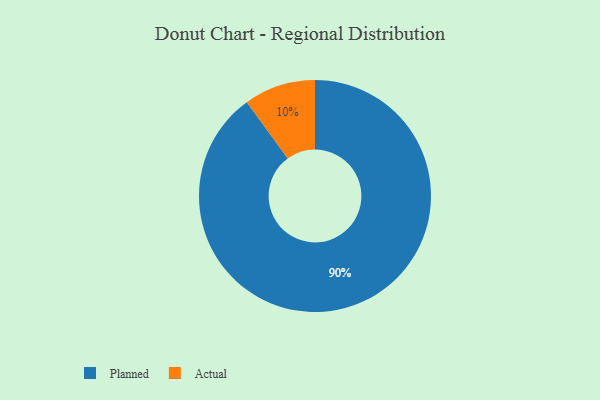
{"axis": {"x": "Category", "y": "Percentage"}, "legend": ["Actual", "Planned"], "data": [{"x": "Actual", "y": 10, "type": "Actual"}, {"x": "Planned", "y": 90, "type": "Planned"}]}